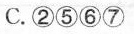
C.②⑤⑥⑦